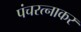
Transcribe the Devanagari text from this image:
पंचरत्नाकर